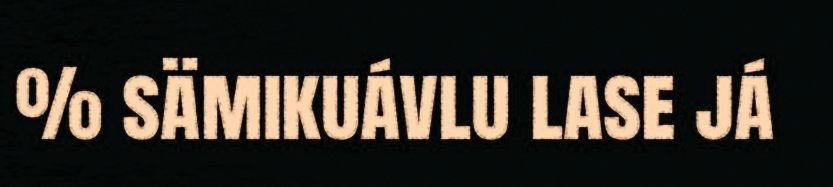
% sämikuávlu lase já